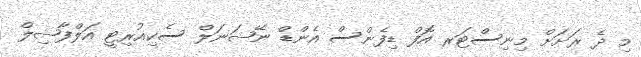
މި ދެ ރަށަށް މިނިސްޓަރ އޮފް ޑިފެންސް އެންޑް ނޭޝަނަލް ސެކިއުރިޓީ އަލްފާޟިލް